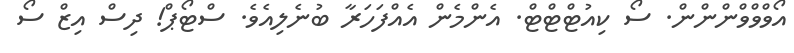
އޯވްވްވްންންން. ސޯ ކިއުޓްޓްޓް. އެންމެން އެއްފަހަރާ ބުނެލިއެވެ. ސްޓޯޕް! ދިސް އިޒް ސޯ